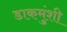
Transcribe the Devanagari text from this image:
डाकमुंशी